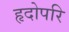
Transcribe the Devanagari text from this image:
हृदोपरि